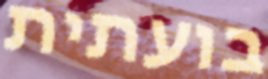
בועתית